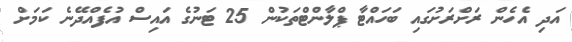
އަދި އެހެން ރަށްރަށުގައި ބަހައްޓާ ޕްލާންޓްތަކުން 25 ޓަނުގެ އައިސް އުފެއްދޭނެ ކަމަށް